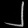
Digit: ၂